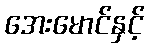
အေးမောင်နှင့်